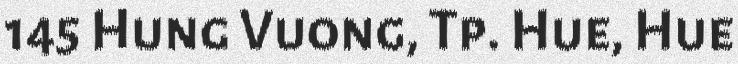
145 Hung Vuong, Tp. Hue, Hue